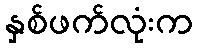
နှစ်ဖက်လုံးက